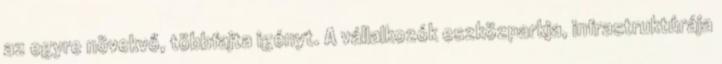
az egyre növekvő, többfajta igényt. A vállalkozók eszközparkja, infrastruktúrája